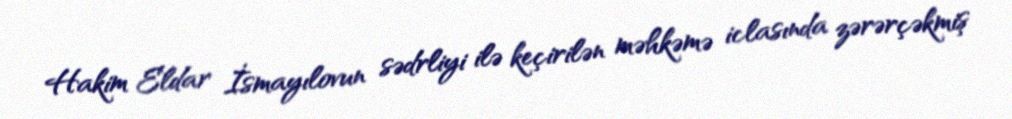
Hakim Eldar İsmayılovun sədrliyi ilə keçirilən məhkəmə iclasında zərərçəkmiş